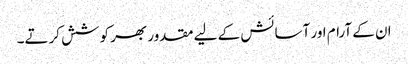
ان کے آرام اور آسائش کے لیے مقدور بھر کوشش کرتے۔